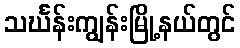
သင်္ဃန်းကျွန်းမြို့နယ်တွင်